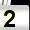
Digit: 2